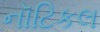
નૉટિકલ